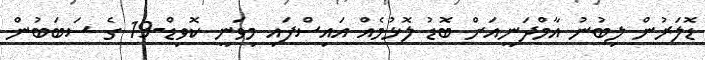
ޑޮލަރުން ލިބުނު އާމްދަނީއަށް ބޮޑު ލޮޅުމެއް އައިސްފައި މިވަނީ ކޮވިޑް-19 ގެ ސަބަބުން